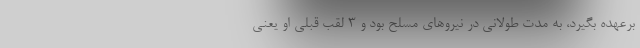
برعهده بگیرد، به مدت طولانی در نیروهای مسلح بود و ۳ لقب قبلی او یعنی